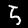
Label: 5